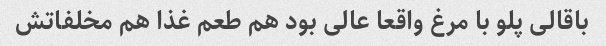
باقالی پلو با مرغ واقعا عالی بود هم طعم غذا هم مخلفاتش